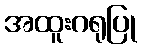
အထူးဂရုပြု